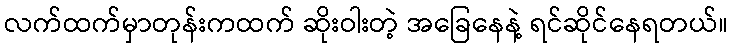
လက်ထက်မှာတုန်းကထက် ဆိုးဝါးတဲ့ အခြေနေနဲ့ ရင်ဆိုင်နေရတယ်။